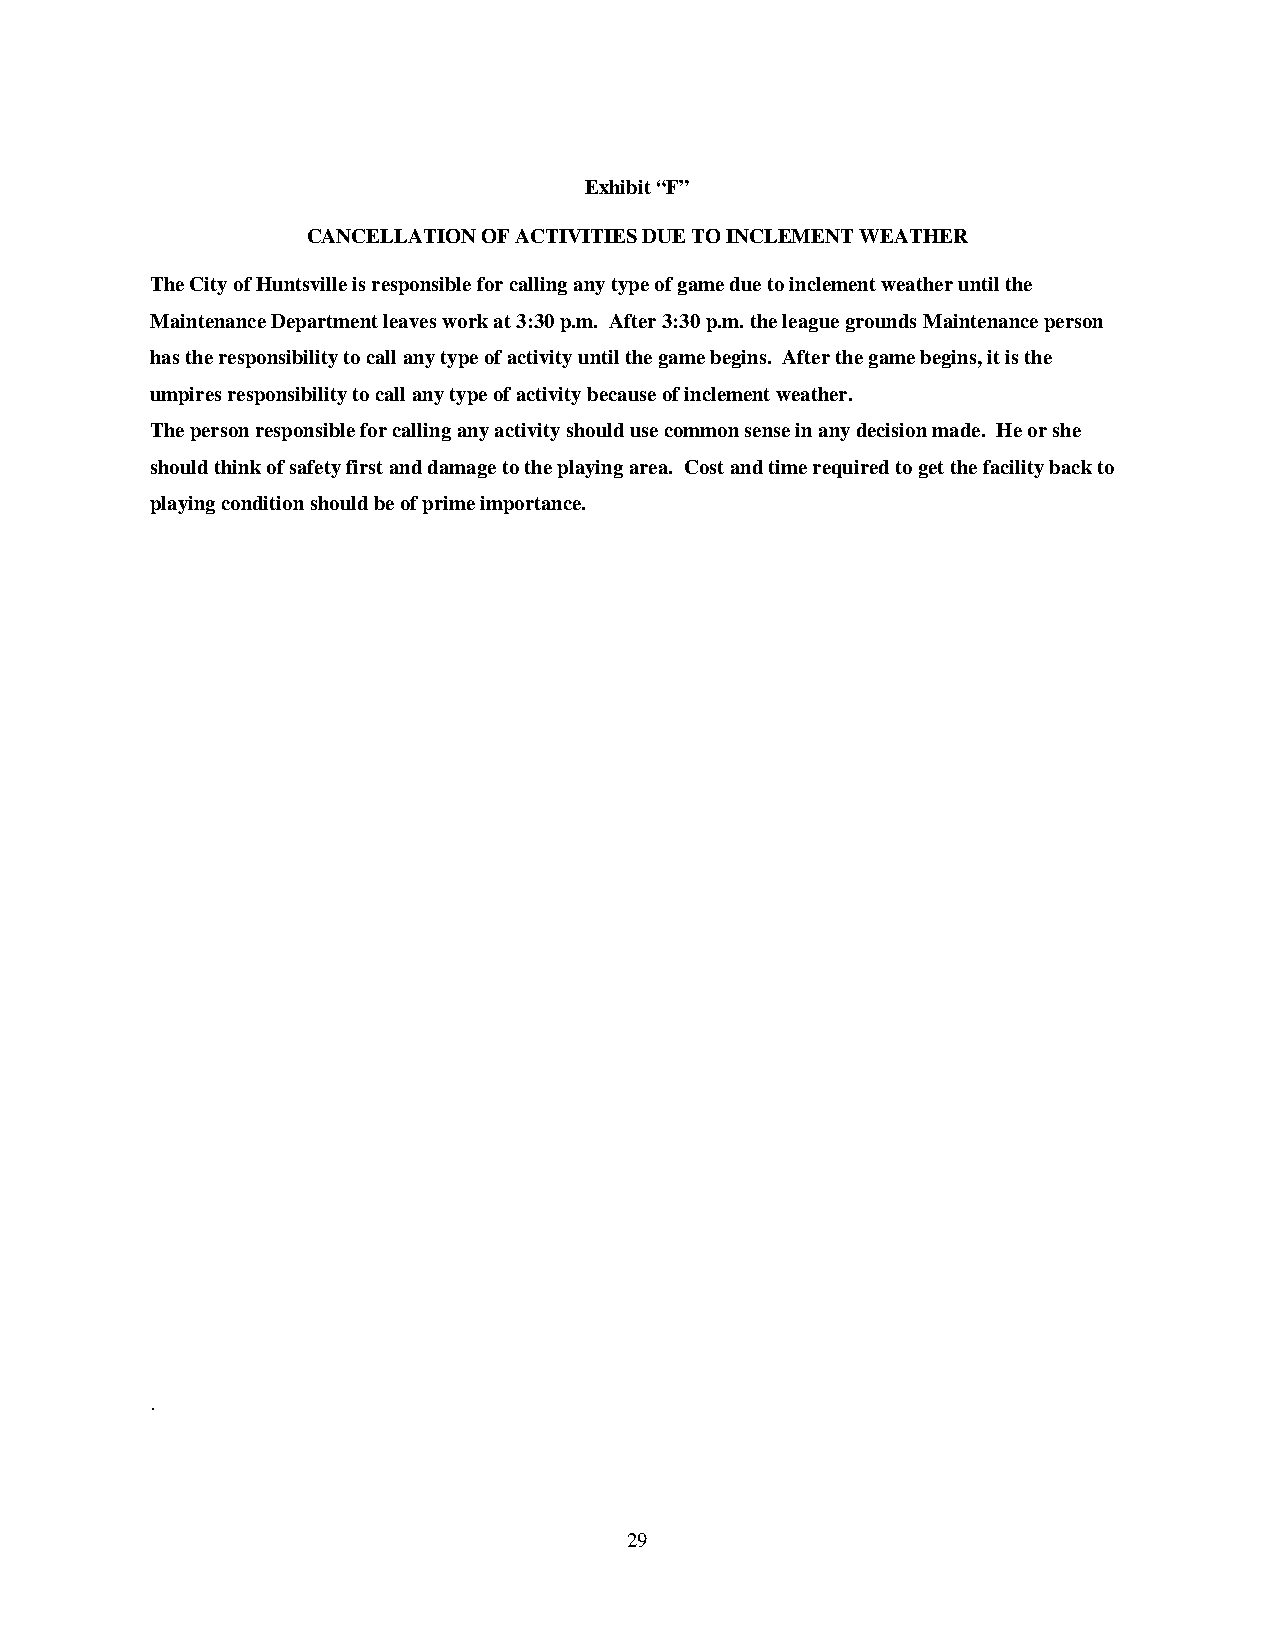
Exhibit “F”
 CANCELLATION OF ACTIVITIES DUE TO INCLEMENT WEATHER
 The City of Huntsville is responsible for calling any type of game due to inclement weather until the
 Maintenance Department leaves work at 3:30 p.m. After 3:30 p.m. the league grounds Maintenance person
 has the responsibility to call any type of activity until the game begins. After the game begins, it is the
 umpires responsibility to call any type of activity because of inclement weather.
 The person responsible for calling any activity should use common sense in any decision made. He or she
 should think of safety first and damage to the playing area. Cost and time required to get the facility back to
 playing condition should be of prime importance.
 .
 29